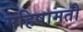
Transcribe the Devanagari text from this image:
महिषामती